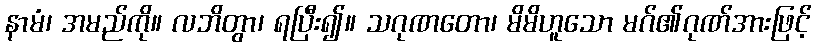
နာမံ၊ အမည်ကို။ လဘိတွာ၊ ရပြီး၍။ သဂုဏတော၊ မိမိဟူသော မဂ်၏ဂုဏ်အားဖြင့်